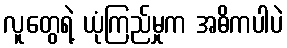
လူတွေရဲ့ ယုံကြည်မှုက အဓိကပါပဲ